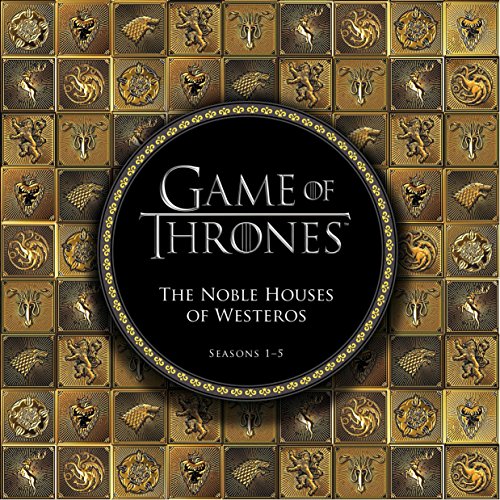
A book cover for Game of Thrones: The Noble Houses of Westeros: Seasons 1-5; Humor & Entertainment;